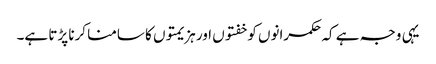
یہی وجہ ہے کہ حکمرانوں کو خفتوں اور ہزیمتوں کا سامنا کرنا پڑتا ہے۔